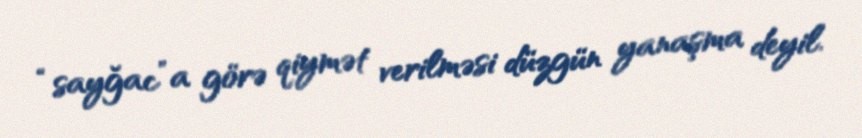
“sayğac”a görə qiymət verilməsi düzgün yanaşma deyil.